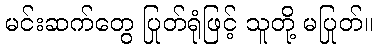
မင်းဆက်တွေ ပြုတ်ရုံဖြင့် သူတို့ မပြုတ်။